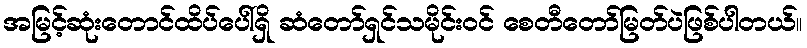
အမြင့်ဆုံးတောင်ထိပ်ပေါ်ရှိ ဆံတော်ရှင်သမိုင်းဝင် စေတီတော်မြတ်ပဲဖြစ်ပါတယ်။